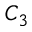
C _ { 3 }